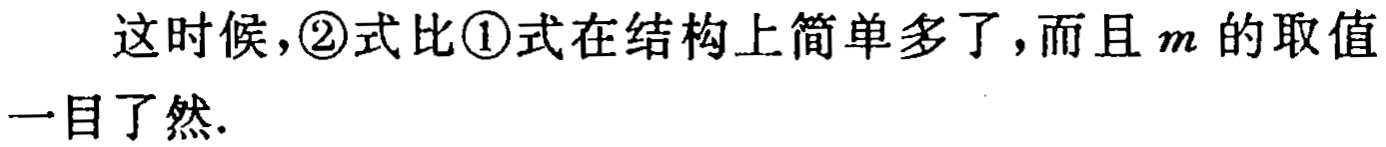
这时候，\textcircled{2}式比\textcircled{1}式在结构上简单多了，而且 \(m\) 的取值一目了然.